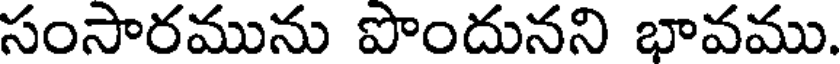
సంసారమును పొందునని భావము.